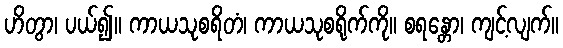
ဟိတွာ၊ ပယ်၍။ ကာယသုစရိတံ၊ ကာယသုစရိုက်ကို။ စရန္တော၊ ကျင့်လျက်။